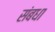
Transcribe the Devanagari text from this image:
संबधा